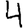
Digit: 4